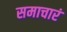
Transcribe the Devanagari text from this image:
समाचारं